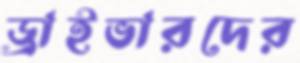
ড্রাইভারদের